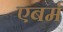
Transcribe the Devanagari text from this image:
एबर्म